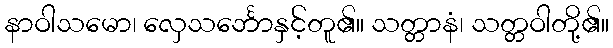
နာဝါသမော၊ လှေသင်္ဘောနှင့်တူ၏။ သတ္တာနံ၊ သတ္တဝါတို့၏။